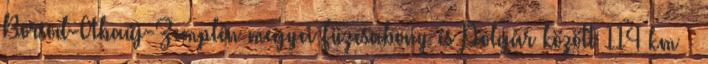
Borsod-Abaúj-Zemplén megyei Füzesabony és Polgár között 114 km –